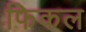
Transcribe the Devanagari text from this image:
फिकल